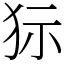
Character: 狋